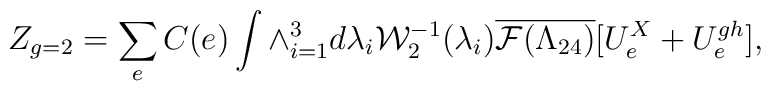
Z_{g=2}=\sum_{e} C(e)\int \wedge_{i=1}^{3}d\lambda_{i}{\cal W}_{2}^{-1}(\lambda_{i}) \overline{{\cal F}(\Lambda_{24})}[U^{X}_{e}+U_{e}^{gh}],